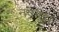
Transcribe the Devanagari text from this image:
नवहट्टा